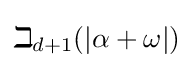
\beth _{d+1}(|\alpha +\omega |)